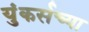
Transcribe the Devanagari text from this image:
युंकर्सच्या